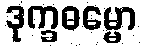
ဒုက္ခဓမ္မော